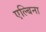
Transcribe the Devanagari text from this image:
एल्बिना